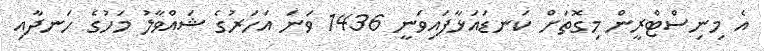
އެ މިނިސްޓްރީން މިގޮތަށް ކަނޑައަޅާފައިވަނީ 1436 ވަނަ އަހަރުގެ ޝައްވާލު މަހުގެ ހަނދާއި